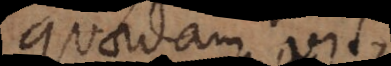
quaedam vis,